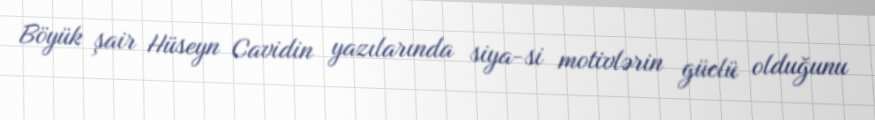
Böyük şair Hüseyn Cavidin yazılarında siya­si motivlərin güclü olduğunu